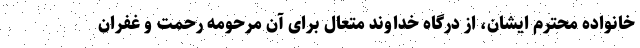
خانواده محترم ایشان، از درگاه خداوند متعال برای آن مرحومه رحمت و غفران